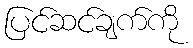
ပြင်ဆင်ချက်ကို